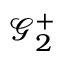
{ \mathcal { G } } _ { 2 } ^ { + }